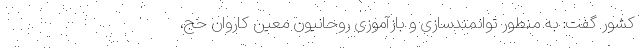
کشور گفت: به منطور توانمندسازی و بازآموزی روحانیون معین کاروان حج،